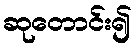
ဆုတောင်း၍